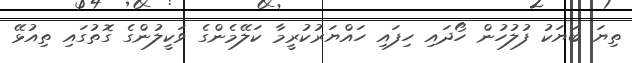
ތިޔަ ބަޔަކު ފުލުހުން ހޯދައި ހިފައި ހައްޔަރުކުރީމާ ކަލޭމެންގެ ވަކީލުންގެ ގޮތުގައި ތިއުޅޭ